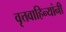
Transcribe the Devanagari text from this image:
वृत्तवाहिन्यांनी